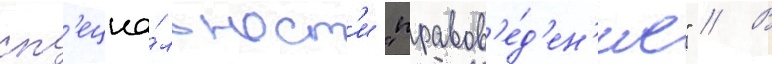
сп'ециа́льност'и "правов'е́д'ен'ие" // В